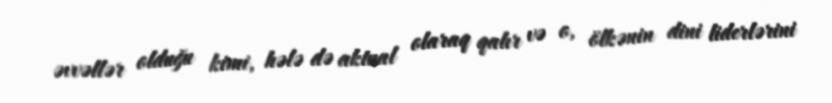
əvvəllər olduğu kimi, hələ də aktual olaraq qalır və o, ölkənin dini liderlərini